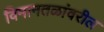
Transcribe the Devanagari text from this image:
विमानतळांवरील